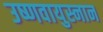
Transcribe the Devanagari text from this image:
उष्णवायुस्नान